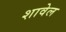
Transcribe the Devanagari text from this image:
शावेल